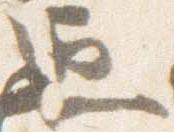
通